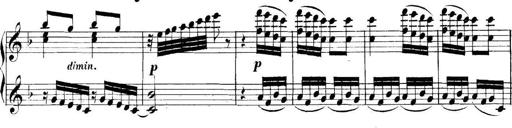
Title: Collected Piano Sonatas
Composer: Muzio Clementi